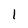
Character: 1